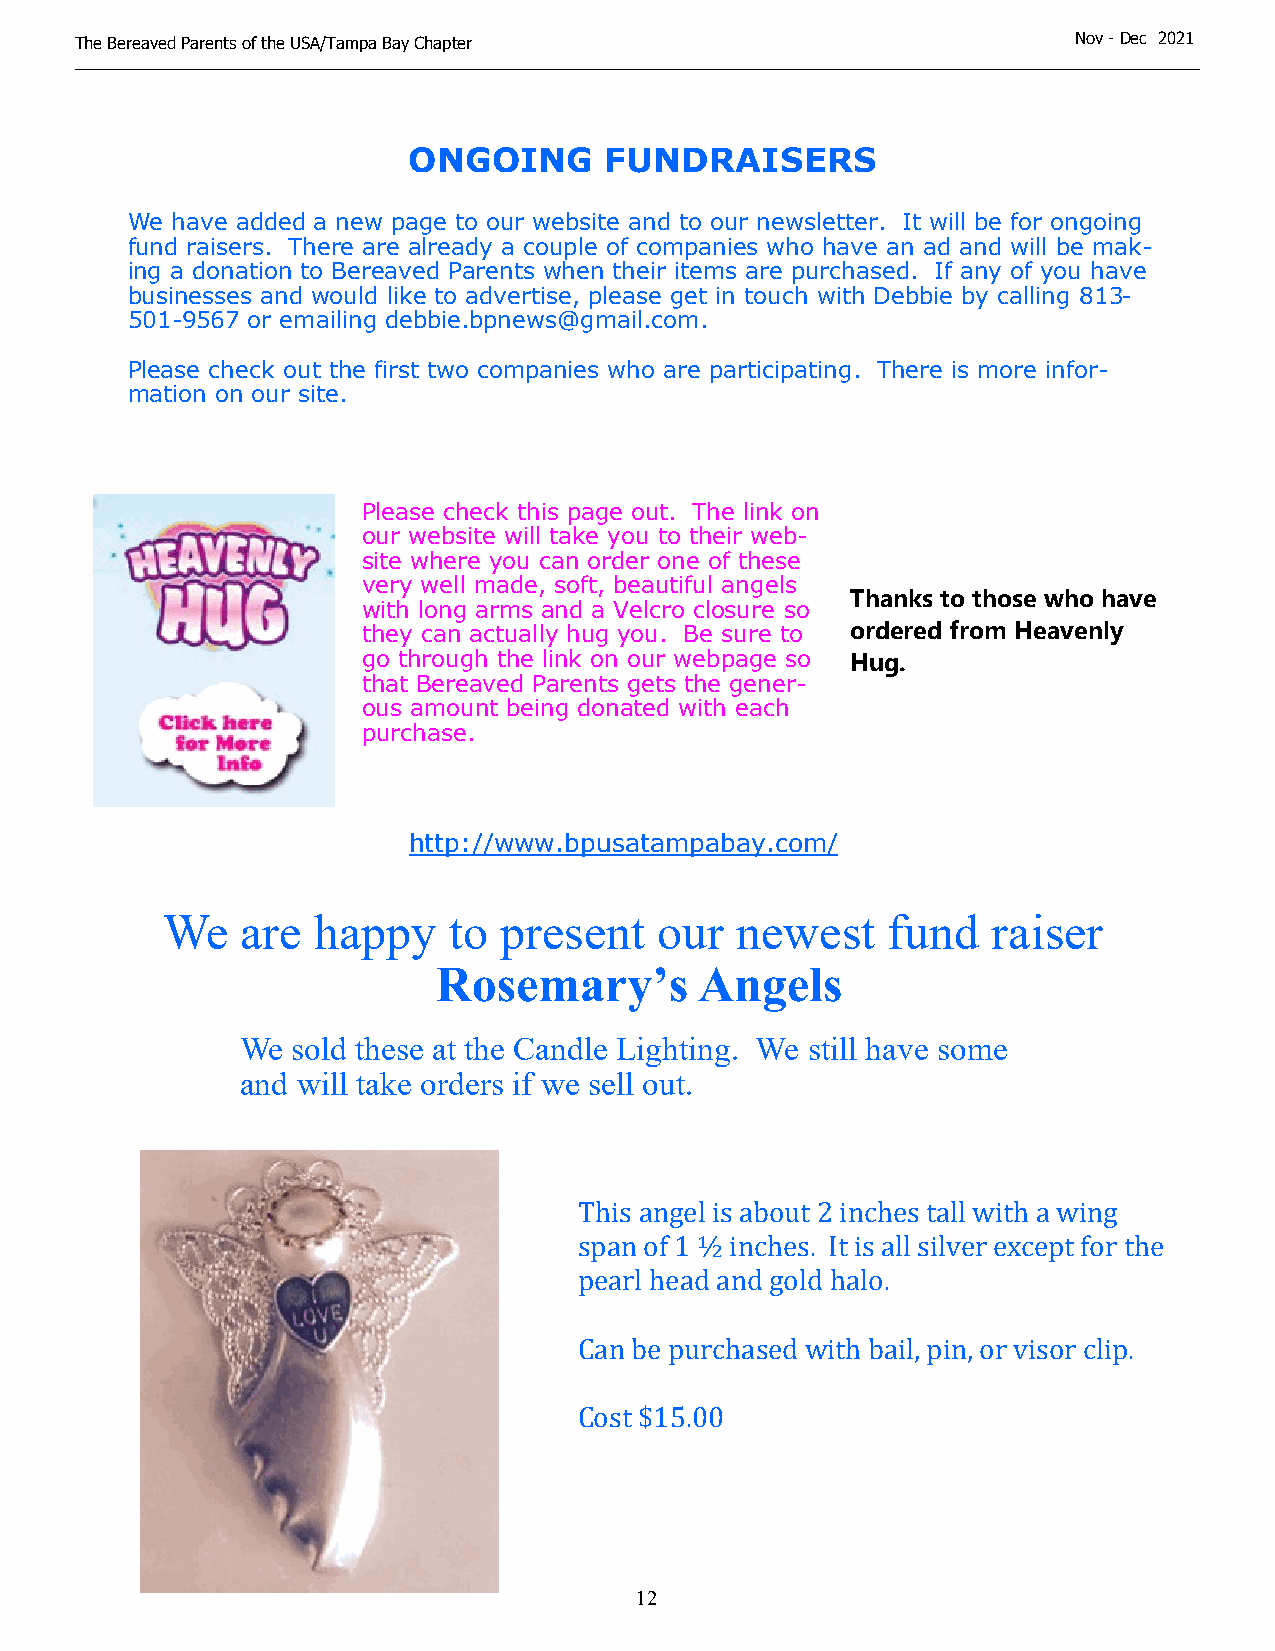
The Bereaved Parents of the USA/Tampa Bay Chapter                 N o v - D ec 2021
 ONGOING      FUNDRAISERS
 We have added a new page to our website and to our newsletter. It will be for ongoing
 fund raisers. There are already a couple of companies who have an ad and will be mak-
 ing a donation to Bereaved Parents when their items are purchased. If any of you have
 businesses and would like to advertise, please get in touch with Debbie by calling 813-
 501-9567 or emailing debbie.bpnews@gmail.com.
 Please check out the first two companies who are participating. There is more infor-
 mation on our site.
 Please check this page out. The link on
 our website will take you to their web-
 site where you can order one of these
 very well made, soft, beautiful angels
 Thanks to those who have
 with long arms and a Velcro closure so
 they can actually hug you. Be sure to ordered from Heavenly
 go through the link on our webpage so Hug.
 that Bereaved Parents gets the gener-
 ous amount being donated with each
 purchase.
 http://www.bpusatampabay.com/
 We   are  happy    to present   our   newest    fund   raiser
 Rosemary’s       Angels
 We sold these at the Candle Lighting. We still have some
 and will take orders if we sell out.
 This angel is about 2 inches tall with a wing
 span of 1 ½ inches. It is all silver except for the
 pearl head and gold halo.
 Can be purchased with bail, pin, or visor clip.
 Cost $15.00
 12